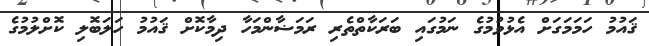
ޤައުމު ހަމަމަގަށް އެޅުވުމުގެ ނަމުގައި ބަރަކާތްތެރި ރަމަޟާންމަހާ ދިމާކޮށް ޤައުމު ހަލަބޮލި ކޮށްލުމުގެ